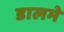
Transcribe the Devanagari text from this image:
डालमे